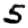
Digit: 5